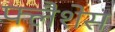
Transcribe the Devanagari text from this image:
फ्लैशेस